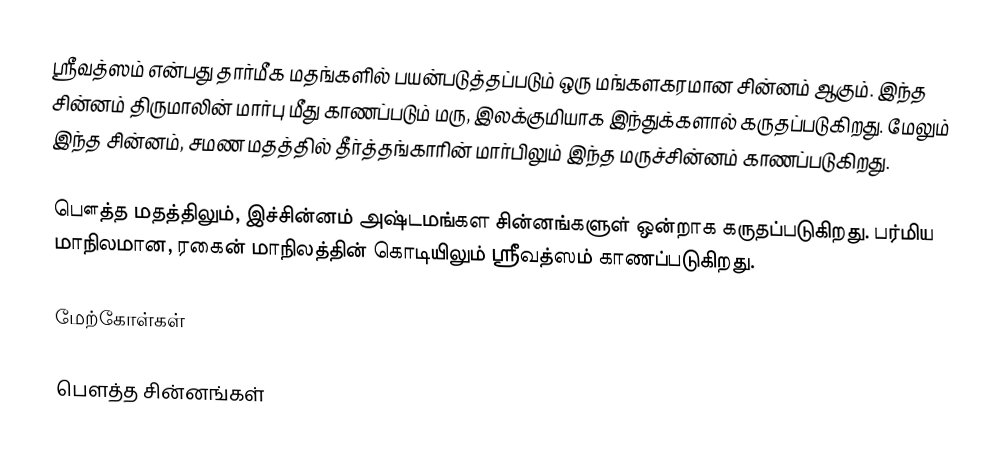
ஸ்ரீவத்ஸம் என்பது தார்மீக மதங்களில் பயன்படுத்தப்படும் ஒரு மங்களகரமான சின்னம் ஆகும். இந்த சின்னம் திருமாலின் மார்பு மீது காணப்படும் மரு, இலக்குமியாக இந்துக்களால் கருதப்படுகிறது. மேலும் இந்த சின்னம், சமண மதத்தில் தீர்த்தங்காரின் மார்பிலும் இந்த மருச்சின்னம் காணப்படுகிறது.

பௌத்த மதத்திலும், இச்சின்னம் அஷ்டமங்கள சின்னங்களுள் ஒன்றாக கருதப்படுகிறது. பர்மிய மாநிலமான, ரகைன் மாநிலத்தின் கொடியிலும் ஸ்ரீவத்ஸம் காணப்படுகிறது.

மேற்கோள்கள்

பௌத்த சின்னங்கள்